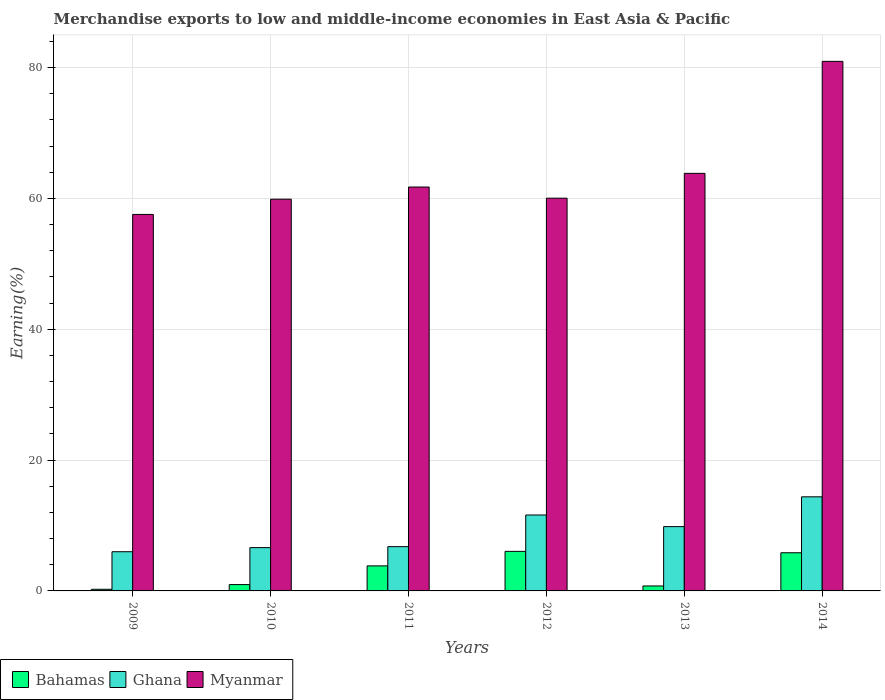
| Years | Bahamas | Ghana | Myanmar |
 | --- | --- | --- | --- |
 | 2009 | 0.249 | 5.99 | 57.5 |
 | 2010 | 0.969 | 6.62 | 59.9 |
 | 2011 | 3.83 | 6.77 | 61.7 |
 | 2012 | 6.05 | 11.6 | 60 |
 | 2013 | 0.757 | 9.83 | 63.8 |
 | 2014 | 5.83 | 14.4 | 80.9 |